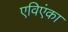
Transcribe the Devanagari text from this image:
एविएंका